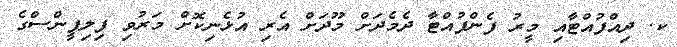
ކ. ދިއްފުއްޓާއި މީރު ފެންފުއްޓާ ދެމެދަށް މޫދަށް އެރި އުޅެނިކޮށް މަރުވި ފިލިޕީންސްގެ